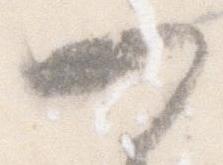
可